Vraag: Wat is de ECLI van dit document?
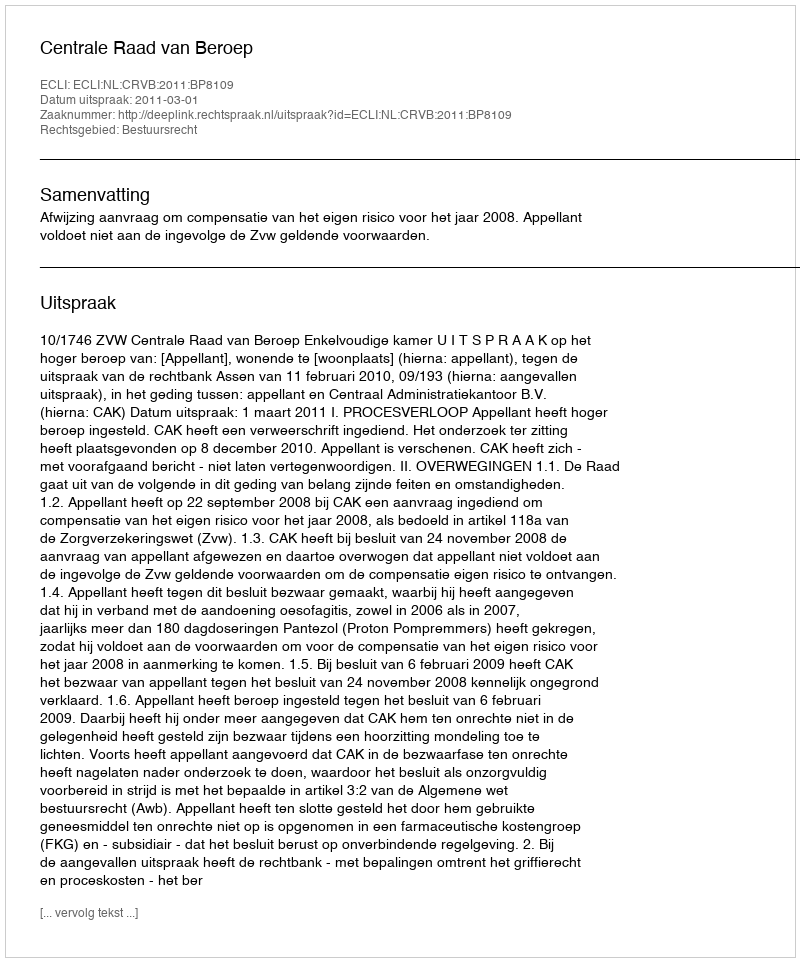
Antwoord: ECLI:NL:CRVB:2011:BP8109